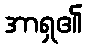
အာရှ၏